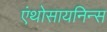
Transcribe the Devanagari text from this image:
एंथोसायनिन्स